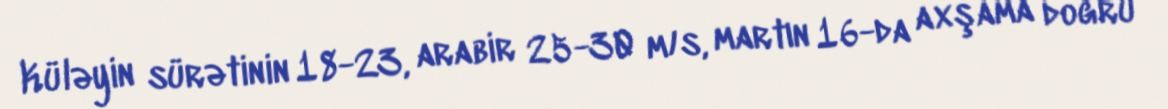
Küləyin sürətinin 18-23, arabir 25-30 m/s, martın 16-da axşama doğru